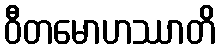
ဝီတမောဟဿာတိ